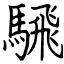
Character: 騛